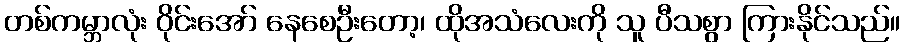
တစ်ကမ္ဘာလုံး ဝိုင်းအော် နေစေဦးတော့၊ ထိုအသံလေးကို သူ ပီသစွာ ကြားနိုင်သည်။